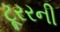
ટૂરરની